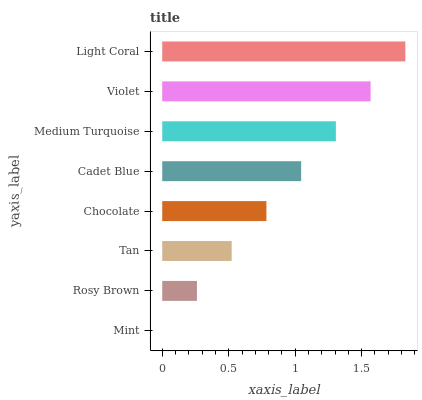
| yaxis_label | bars |
 | --- | --- |
 | Mint | 0 |
 | Rosy Brown | 0.261 |
 | Tan | 0.522 |
 | Chocolate | 0.784 |
 | Cadet Blue | 1.04 |
 | Medium Turquoise | 1.31 |
 | Violet | 1.57 |
 | Light Coral | 1.83 |